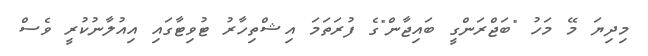
މިދިޔަ މޭ މަހު "ބަޖްރަންގީ ބައިޖާން"ގެ ފުރަތަމަ އިޝްތިހާރު ޓުވިޓާގައި އިއުލާނުކުރީ ވެސް